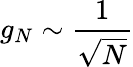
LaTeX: g_{N}\sim\frac{1}{\sqrt{N}}